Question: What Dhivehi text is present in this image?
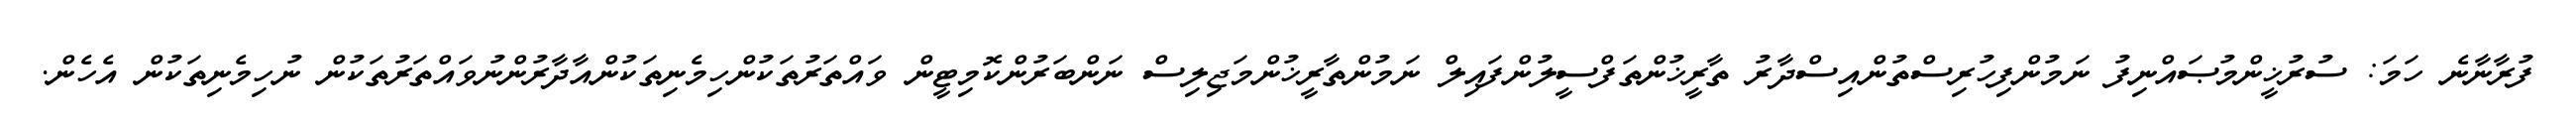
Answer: ފުރާނާނެ ހަމަ: ސުރުޚީންމުޞައްނިފު ނަމުންފިހުރިސްތުންއިސްދާރު ތާރީޚުންތަފްސީލުންފައިލް ނަމުންތާރީޚުންމަޖިލިސް ނަންބަރުންކޮމިޓީން ވައްތަރުތަކުންހިމެނިތަކުންއާދާރުންނުވައްތަރުތަކުން ނުހިމެނިތަކުން އެހެން.